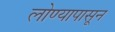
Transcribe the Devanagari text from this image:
लोण्यापासून